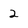
Character: 2